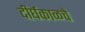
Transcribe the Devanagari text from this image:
दीर्घकाळचे